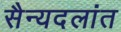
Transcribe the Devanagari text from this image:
सैन्यदलांत